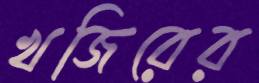
খজিরের